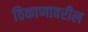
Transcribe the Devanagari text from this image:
ठिकाणावरील